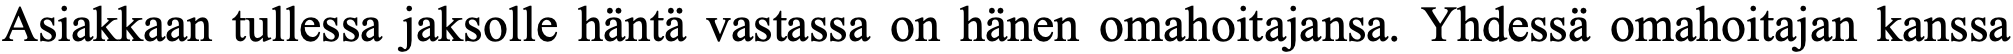
Asiakkaan tullessa jaksolle häntä vastassa on hänen omahoitajansa. Yhdessä omahoitajan kanssa